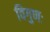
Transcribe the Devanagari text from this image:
विगुणः